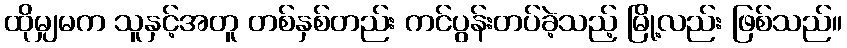
ထိုမျှမက သူနှင့်အတူ တစ်နှစ်တည်း ကင်ပွန်းတပ်ခဲ့သည့် မြို့လည်း ဖြစ်သည်။